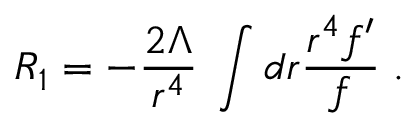
R _ { 1 } = - \frac { 2 \Lambda } { r ^ { 4 } } \; \int d r \frac { r ^ { 4 } f ^ { \prime } } { f } \; .